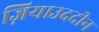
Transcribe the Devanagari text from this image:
ज़ियाउददीन